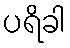
ပရိခါ